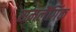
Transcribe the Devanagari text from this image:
समलैंगिंक